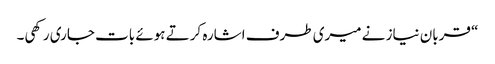
“ قربان نیاز نے میری طرف اشارہ کرتے ہوئے بات جاری رکھی۔